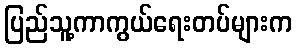
ပြည်သူ့ကာကွယ်ရေးတပ်များက